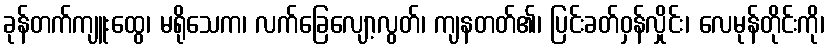
ခုန်တက်ကျူးထွေ၊ မရိုသေက၊ လက်ခြေလျော့လွတ်၊ ကျနတတ်၏၊ ပြင်းခတ်ဝှန်လှိုင်း၊ လေမုန်တိုင်းကို၊